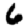
Digit: 6